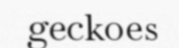
geckoes